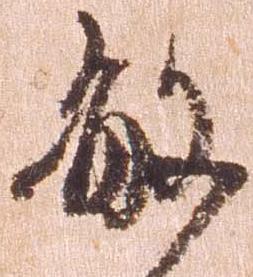
敏